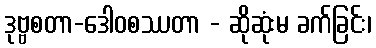
ဒုဗ္ဗစတာ-ဒေါဝစဿတာ - ဆိုဆုံးမ ခက်ခြင်း၊